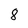
Character: 8